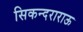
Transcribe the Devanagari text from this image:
सिकन्दराराऊ